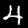
Label: 4